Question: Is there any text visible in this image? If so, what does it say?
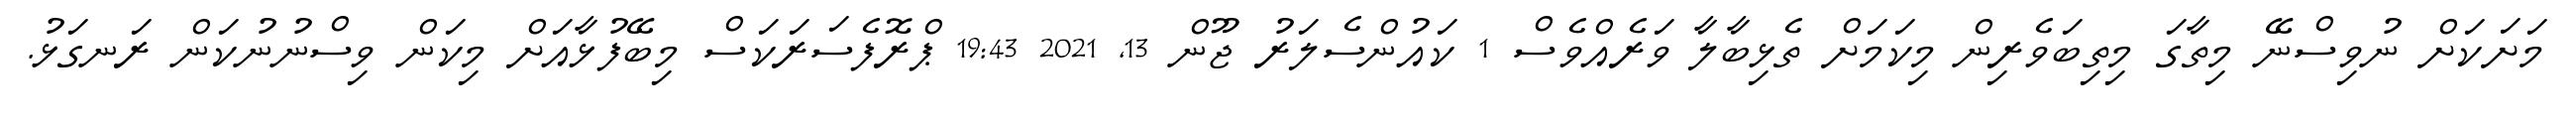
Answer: މަށަކަށް ނުވިސްނޭ މިތާގަ މިތިބަވެރިން މިކަމަށް ތެޅިބާލާ ވަރެއްވެސް 1 ކައުންސެލަރު ޖޫން 13, 2021 19:43 ޕްރޮފެސަރަކަސް މިބޭފުޅާއަށް މިކަން ވިސްނުނުކަން ރަނގަޅު.